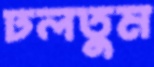
ঢলতুম